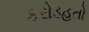
કરોડહતો